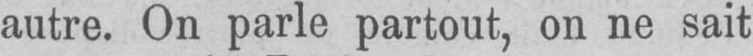
autre. On parle partout, on ne sait